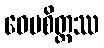
ဝေပစိတ္တဿ